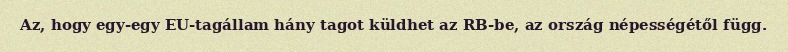
Az, hogy egy-egy EU-tagállam hány tagot küldhet az RB-be, az ország népességétől függ.